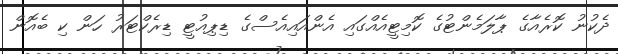
ދެކުނު ކޮރެއާގެ ޕާލަމެންޓުގެ ކޮމިޓީއެއްގައި އެންއައިއެސްގެ ޑިޕިއުޓީ ޑިރެކްޓަރު ހަން ކި ބެއޮން